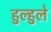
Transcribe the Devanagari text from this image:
हुल्हुले